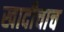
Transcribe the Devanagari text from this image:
खादीचाच